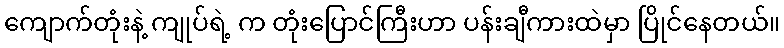
ကျောက်တုံးနဲ့ ကျုပ်ရဲ့ က တုံးပြောင်ကြီးဟာ ပန်းချီကားထဲမှာ ပြိုင်နေတယ်။